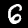
Digit: 6